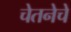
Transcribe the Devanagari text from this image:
चेतनेचे